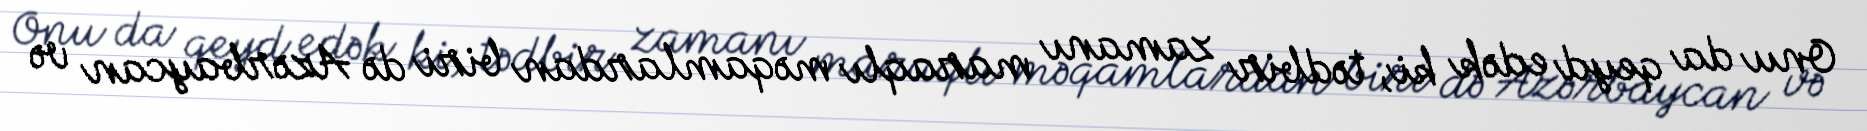
Onu da qeyd edək ki, tədbir zamanı maraqlı məqamlardan biri də Azərbaycan və